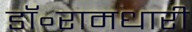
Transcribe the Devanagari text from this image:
डॉ॰रामधारी